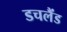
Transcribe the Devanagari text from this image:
डचलैंड